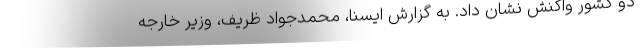
دو کشور واکنش نشان داد. به گزارش ایسنا، محمدجواد ظریف، وزیر خارجه